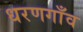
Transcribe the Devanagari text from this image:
धरणगाँव